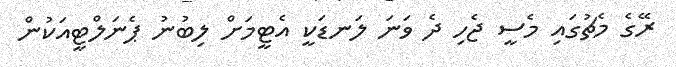
ރޭގެ މެޗުގައި މެސީ ޖެހި ދެ ވަނަ ލަނޑަކީ އެޓީމަށް ލިބުނު ޕެނަލްޓީއަކުން